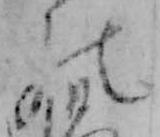
の